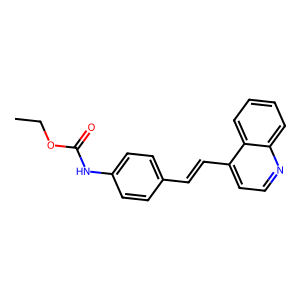
SMILES: CCOC(=O)Nc1ccc(C=Cc2ccnc3ccccc23)cc1
Inhibits HIV replication: No